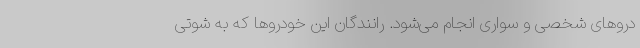
دروهای شخصی و سواری انجام می‌شود. رانندگان این خودروها که به شوتی